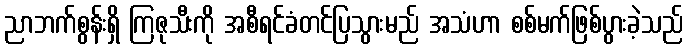
ညာဘက်စွန်းရှိ ကြဇုသီးကို အစီရင်ခံတင်ပြသွားမည် အသံဟာ စစ်မက်ဖြစ်ပွားခဲ့သည်